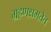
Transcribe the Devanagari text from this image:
ग्रहणक्षमतेत